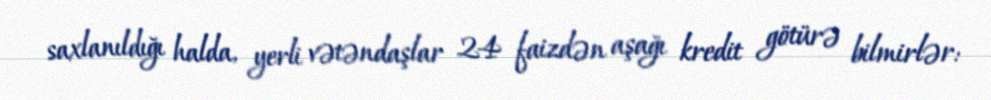
saxlanıldığı halda, yerli vətəndaşlar 24 faizdən aşağı kredit götürə bilmirlər: